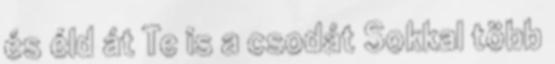
és éld át Te is a csodát Sokkal több